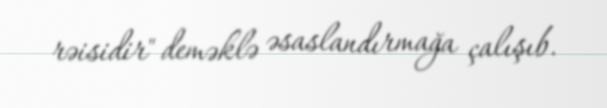
rəisidir" deməklə əsaslandırmağa çalışıb.